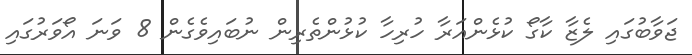
ޖަވާބުގައި ލެޒާ ކާގޯ ކުޅެންއަރާ ހުރިހާ ކުޅުންތެރިން ނުބައިވެގެން 8 ވަނަ އޯވަރުގައި